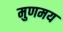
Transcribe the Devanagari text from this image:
मुणमय